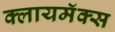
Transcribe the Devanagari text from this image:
क्लायमॅक्स